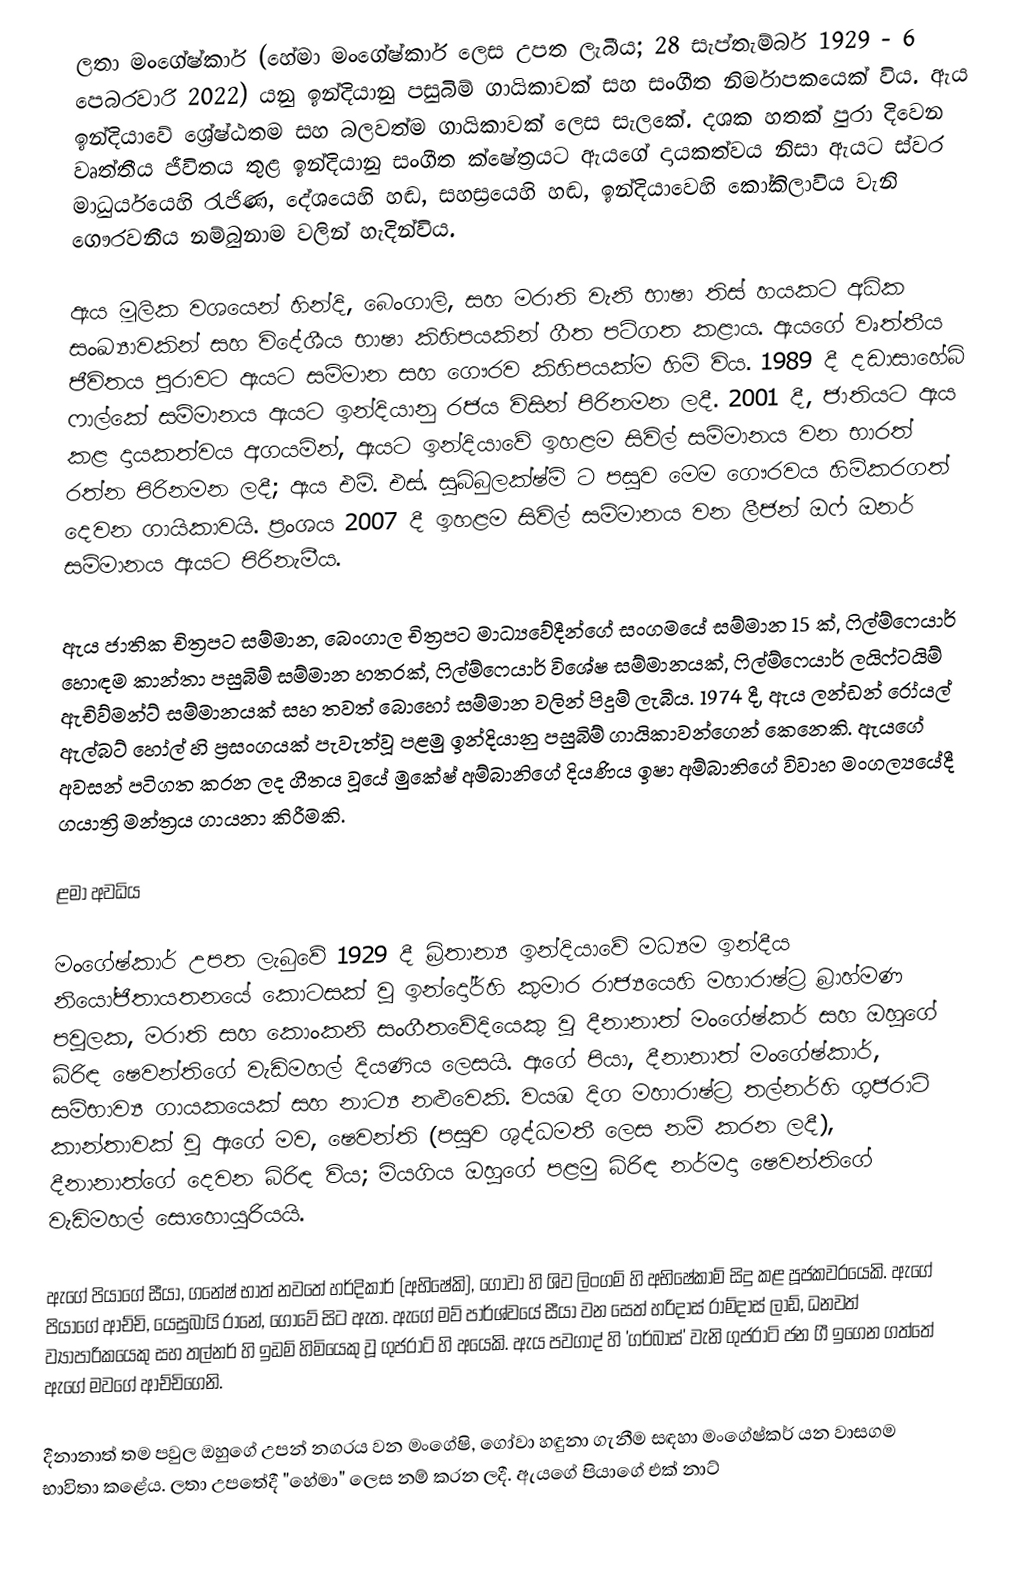
ලතා මංගේෂ්කාර් (හේමා මංගේෂ්කාර් ලෙස උපත ලැබීය; 28 සැප්තැම්බර් 1929 - 6 පෙබරවාරි 2022) යනු  ඉන්දියානු පසුබිම් ගායිකාවක් සහ සංගීත නිර්මාපකයෙක් විය. ඇය ඉන්දියාවේ ශ්‍රේෂ්ඨතම සහ බලවත්ම ගායිකාවක් ලෙස සැලකේ. දශක හතක් පුරා දිවෙන වෘත්තීය ජීවිතය තුළ ඉන්දියානු සංගීත ක්ෂේත්‍රයට ඇයගේ දායකත්වය නිසා ඇයට ස්වර මාධුර්යයෙහි රැජිණ, දේශයෙහි හඬ, සහස්‍රයෙහි හඬ, ඉන්දියාවෙහි කෝකිලාවිය වැනි ගෞරවනීය නම්බුනාම වලින් හැදින්විය.

ඇය මූලික වශයෙන් හින්දි, බෙංගාලි, සහ මරාති වැනි භාෂා තිස් හයකට අධික සංඛ්‍යාවකින් සහ විදේශීය භාෂා කිහිපයකින් ගීත පටිගත කළාය. ඇයගේ වෘත්තීය ජීවිතය පුරාවට ඇයට සම්මාන සහ ගෞරව කිහිපයක්ම හිමි විය. 1989 දී දඩාසාහේබ් ෆාල්කේ සම්මානය ඇයට ඉන්දියානු රජය විසින් පිරිනමන ලදී. 2001 දී, ජාතියට ඇය කළ දායකත්වය අගයමින්, ඇයට ඉන්දියාවේ ඉහළම සිවිල් සම්මානය වන භාරත් රත්න පිරිනමන ලදී; ඇය එම්. එස්. සුබ්බුලක්ෂ්මි ට පසුව මෙම ගෞරවය හිමිකරගත් දෙවන ගායිකාවයි. ප්‍රංශය 2007 දී ඉහළම සිවිල් සම්මානය වන ලීජන් ඔෆ් ඔනර් සම්මානය ඇයට පිරිනැමීය.

ඇය ජාතික චිත්‍රපට සම්මාන, බෙංගාල චිත්‍රපට මාධ්‍යවේදීන්ගේ සංගමයේ සම්මාන 15 ක්, ෆිල්ම්ෆෙයාර් හොඳම කාන්තා පසුබිම් සම්මාන හතරක්, ෆිල්ම්ෆෙයාර් විශේෂ සම්මානයක්, ෆිල්ම්ෆෙයාර් ලයිෆ්ටයිම් ඇචිව්මන්ට් සම්මානයක් සහ තවත් බොහෝ සම්මාන වලින් පිදුම් ලැබීය. 1974 දී, ඇය ලන්ඩන් රෝයල් ඇල්බට් හෝල් හි ප්‍රසංගයක් පැවැත්වූ පළමු ඉන්දියානු පසුබිම් ගායිකාවන්ගෙන් කෙනෙකි. ඇයගේ අවසන් පටිගත කරන ලද ගීතය වූයේ මුකේෂ් අම්බානිගේ දියණිය ඉෂා අම්බානිගේ විවාහ මංගල්‍යයේදී ගයාත්‍රි මන්ත්‍රය ගායනා කිරීමකි.

ළමා අවධිය

මංගේෂ්කාර් උපත ලැබුවේ 1929 දී බ්‍රිතාන්‍ය ඉන්දියාවේ මධ්‍යම ඉන්දීය නියෝජිතායතනයේ කොටසක් වූ ඉන්දෝර්හි කුමාර රාජ්‍යයෙහි මහාරාෂ්ට්‍ර බ්‍රාහ්මණ පවුලක, මරාති සහ කොංකනි සංගීතවේදියෙකු වූ දීනානාත් මංගේෂ්කර් සහ ඔහුගේ බිරිඳ ෂෙවන්තිගේ වැඩිමහල් දියණිය ලෙසයි. ඇගේ පියා, දීනානාත් මංගේෂ්කාර්, සම්භාව්‍ය ගායකයෙක් සහ නාට්‍ය නළුවෙකි. වයඹ දිග මහාරාෂ්ට්‍ර තල්නර්හි ගුජරාටි කාන්තාවක් වූ ඇගේ මව, ෂෙවන්ති (පසුව ශුද්ධමතී ලෙස නම් කරන ලදී), දීනානාත්ගේ දෙවන බිරිඳ විය; මියගිය ඔහුගේ පළමු බිරිඳ නර්මදා ෂෙවන්තිගේ වැඩිමහල් සොහොයුරියයි.

ඇගේ පියාගේ සීයා, ගනේෂ් භාත් නවතේ හර්දිකාර් (අභිෂේකි), ගෝවා හි ශිව ලිංගම් හි අභිෂේකාම් සිදු කළ පූජකවරයෙකි. ඇගේ පියාගේ ආච්චි, යෙසුබායි රානේ, ගෝවේ සිට ඇත. ඇගේ මව් පාර්ශ්වයේ සීයා වන සෙත් හරිදාස් රාම්දාස් ලාඩ්, ධනවත් ව්‍යාපාරිකයෙකු සහ තල්නර් හි ඉඩම් හිමියෙකු වූ ගුජරාට් හි අයෙකි. ඇය පවගාද් හි 'ගර්බාස්' වැනි ගුජරාටි ජන ගී ඉගෙන ගත්තේ ඇගේ මවගේ ආච්චිගෙනි.

දීනානාත් තම පවුල ඔහුගේ උපන් නගරය වන මංගේෂි, ගෝවා හඳුනා ගැනීම සඳහා මංගේෂ්කර් යන වාසගම භාවිතා කළේය. ලතා උපතේදී "හේමා" ලෙස නම් කරන ලදී. ඇයගේ පියාගේ එක් නාට්‍